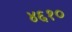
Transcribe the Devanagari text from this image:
४६१०